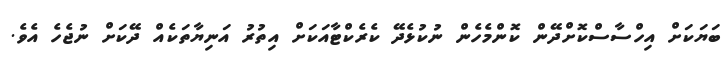
ބަޔަކަށް އިހްސާސްކޮށްދޭން ކޮންމެހެން ނުކުޅެދޭ ކެރެކްޓާއަކަށް އިތުރު އަނިޔާތަކެއް ދޭކަށް ނުޖެހެ އެވެ.